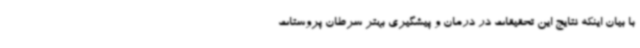
با بیان اینکه نتایج این تحقیقات در درمان و پیشگیری بهتر سرطان پروستات